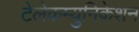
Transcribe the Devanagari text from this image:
टेलेकम्युनिकेशन